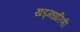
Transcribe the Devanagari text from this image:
खड्गधारिणी